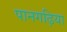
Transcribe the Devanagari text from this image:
पानगढ़िया